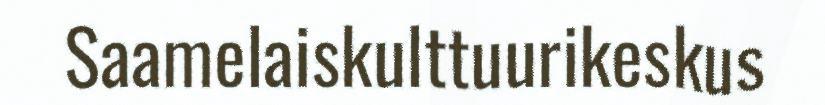
Saamelaiskulttuurikeskus